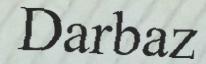
Darbaz